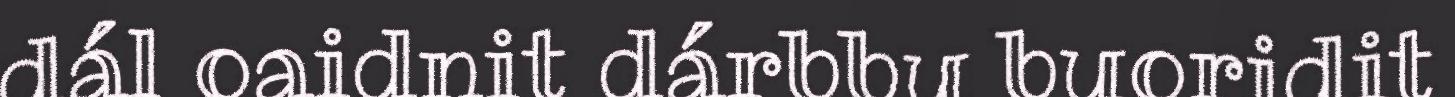
dál oaidnit dárbbu buoridit